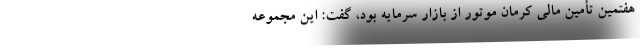
هفتمین تأمین مالی کرمان موتور از بازار سرمایه بود، گفت: این مجموعه